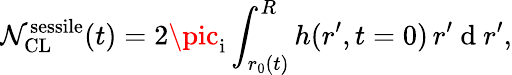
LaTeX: \mathcal{N}_{\mathrm{{CL}}}^{\mathrm{{sessile}}}(t)=2\pic_{\mathrm{{i}}}\int_{r_{0}(t)}^{R}h(r^{\prime},t=0)\, r^{\prime}\mathrm{{~d~}}r^{\prime},